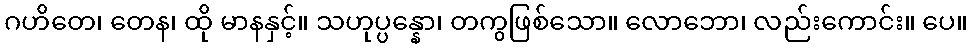
ဂဟိတေ၊ တေန၊ ထို မာနနှင့်။ သဟုပ္ပန္နော၊ တကွဖြစ်သော။ လောဘော၊ လည်းကောင်း။ ပေ။